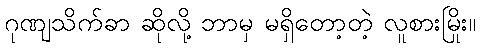
ဂုဏျသိက်ခာ ဆိုလို့ ဘာမှ မရှိတော့တဲ့ လူစားမြိုး။